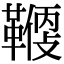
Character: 𩌻